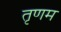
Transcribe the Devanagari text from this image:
तृणम